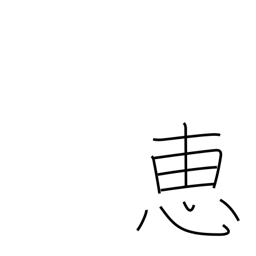
Meaning: favor